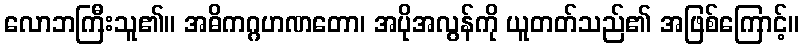
လောဘကြီးသူ၏။ အဓိကဂ္ဂဟဏတော၊ အပိုအလွန်ကို ယူတတ်သည်၏ အဖြစ်ကြောင့်။